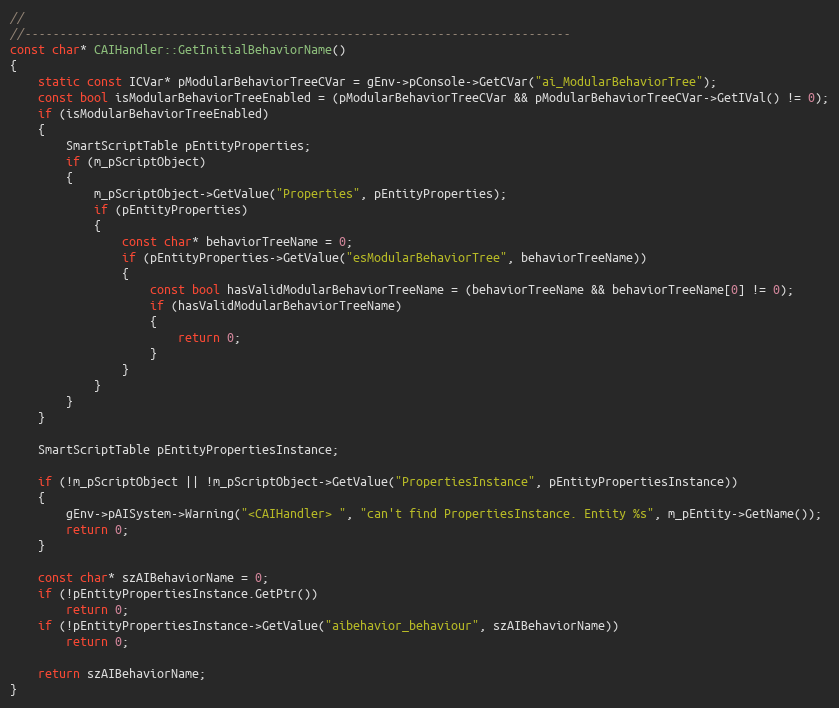
Language: C++
//
//------------------------------------------------------------------------------
const char* CAIHandler::GetInitialBehaviorName()
{
	static const ICVar* pModularBehaviorTreeCVar = gEnv->pConsole->GetCVar("ai_ModularBehaviorTree");
	const bool isModularBehaviorTreeEnabled = (pModularBehaviorTreeCVar && pModularBehaviorTreeCVar->GetIVal() != 0);
	if (isModularBehaviorTreeEnabled)
	{
		SmartScriptTable pEntityProperties;
		if (m_pScriptObject)
		{
			m_pScriptObject->GetValue("Properties", pEntityProperties);
			if (pEntityProperties)
			{
				const char* behaviorTreeName = 0;
				if (pEntityProperties->GetValue("esModularBehaviorTree", behaviorTreeName))
				{
					const bool hasValidModularBehaviorTreeName = (behaviorTreeName && behaviorTreeName[0] != 0);
					if (hasValidModularBehaviorTreeName)
					{
						return 0;
					}
				}
			}
		}
	}

	SmartScriptTable pEntityPropertiesInstance;

	if (!m_pScriptObject || !m_pScriptObject->GetValue("PropertiesInstance", pEntityPropertiesInstance))
	{
		gEnv->pAISystem->Warning("<CAIHandler> ", "can't find PropertiesInstance. Entity %s", m_pEntity->GetName());
		return 0;
	}

	const char* szAIBehaviorName = 0;
	if (!pEntityPropertiesInstance.GetPtr())
		return 0;
	if (!pEntityPropertiesInstance->GetValue("aibehavior_behaviour", szAIBehaviorName))
		return 0;

	return szAIBehaviorName;
}